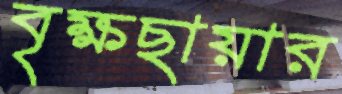
বৃক্ষছায়ার